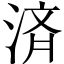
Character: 済